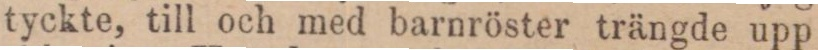
tyckte, till och med barnröster trängde upp